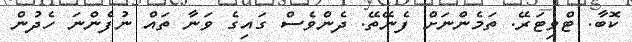
ކޮބާ. ޓްވިޓަރޭ. ތަމެންނަށް ފެނޭތޭ. ދެންވެސް ގައިގެ ވަނާ ތައް ނުފެންނަ ހެދުން